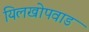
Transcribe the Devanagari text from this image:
यिलखोपवाड